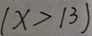
( x > 1 3 )